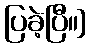
ပြခဲ့ပြီ။]